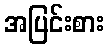
အပြင်းစား